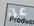
عن